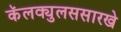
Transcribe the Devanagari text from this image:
कॅलक्युलससारखे